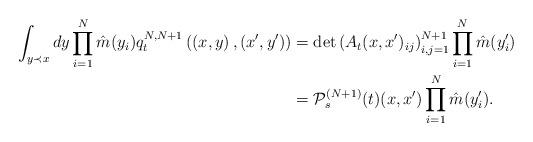
LaTeX: \begin{align*}\int_{y\prec x}^{}dy \prod_{i=1}^{N}\hat{m}(y_i)q_t^{N,N+1}\left(\left(x,y\right),\left(x',y'\right)\right)&=\det\left({A}_t(x,x')_{ij}\right)_{i,j=1}^{N+1}\prod_{i=1}^{N}\hat{m}(y_i')\\&=\mathcal{P}^{(N+1)}_{s}(t)(x,x')\prod_{i=1}^{N}\hat{m}(y_i').\end{align*}